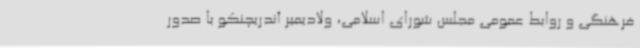
فرهنگی و روابط عمومی مجلس شورای اسلامی، ولادیمیر آندریچنکو با صدور